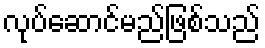
လုပ်ဆောင်မည်ဖြစ်သည်